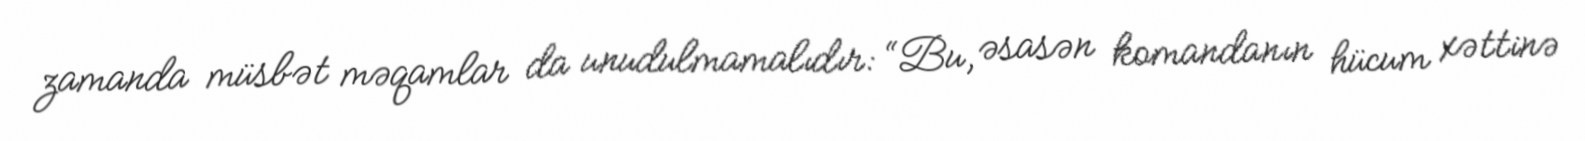
zamanda müsbət məqamlar da unudulmamalıdır: “Bu, əsasən komandanın hücum xəttinə